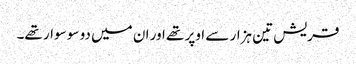
قریش تین ہزار سے اوپر تھے اور ان میں دو سو سوار تھے۔